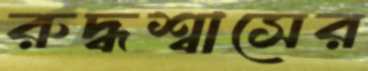
রুদ্ধশ্বাসের